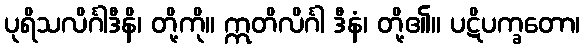
ပုရိသလိင်္ဂါဒီနိ၊ တို့ကို။ ဣတိလိင်္ဂါ ဒီနံ၊ တို့၏။ ပဋိပက္ခတော၊